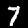
Digit: 7